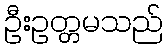
ဦးဥတ္တမသည်